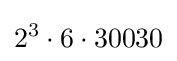
2^{3}\cdot 6\cdot 30030